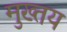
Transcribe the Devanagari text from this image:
मुख्तय